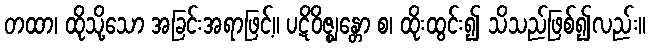
တထာ၊ ထိုသို့သော အခြင်းအရာဖြင့်။ ပဋိဝိဇ္ဈန္တော စ၊ ထိုးထွင်း၍ သိသည်ဖြစ်၍လည်း။